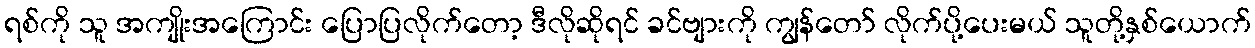
ရစ်ကို သူ အကျိုးအကြောင်း ပြောပြလိုက်တော့ ဒီလိုဆိုရင် ခင်ဗျားကို ကျွန်တော် လိုက်ပို့ပေးမယ် သူတို့နှစ်ယောက်